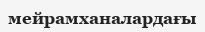
мейрамханалардағы